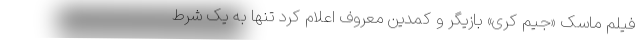
فیلم ماسک «جیم کری» بازیگر و کمدین معروف اعلام کرد تنها به یک شرط